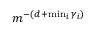
m ^ { - ( d + \operatorname* { m i n } _ { i } \gamma _ { i } ) }